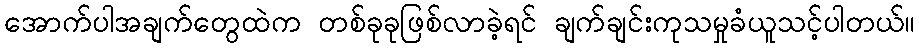
အောက်ပါအချက်တွေထဲက တစ်ခုခုဖြစ်လာခဲ့ရင် ချက်ချင်းကုသမှုခံယူသင့်ပါတယ်။